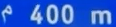
400 m